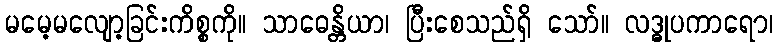
မမေ့မလျော့ခြင်းကိစ္စကို။ သာဓေန္တိယာ၊ ပြီးစေသည်ရှိ သော်။ လဒ္ဓုပကာရော၊